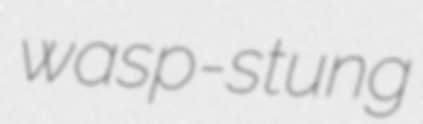
wasp-stung